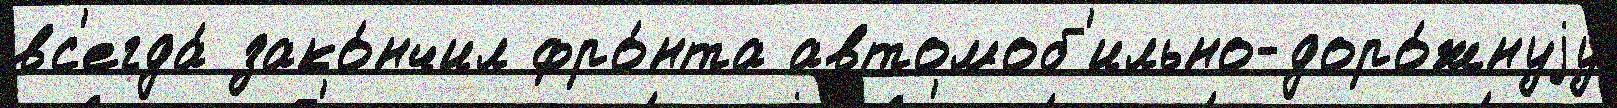
вс'егда́ зако́нчил фро́нта автомоб'ильно-доро́жнуjу